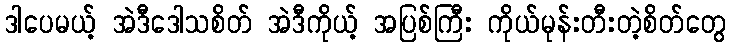
ဒါပေမယ့် အဲဒီဒေါသစိတ် အဲဒီကိုယ့် အပြစ်ကြီး ကိုယ်မုန်းတီးတဲ့စိတ်တွေ